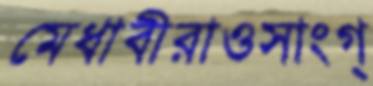
মেধাবীরাওসাংগ্